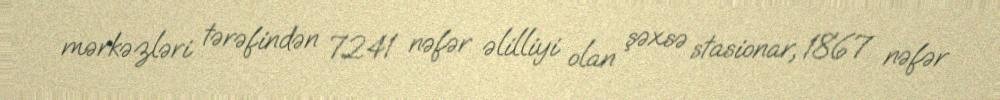
mərkəzləri tərəfindən 7241 nəfər əlilliyi olan şəxsə stasionar, 1867 nəfər